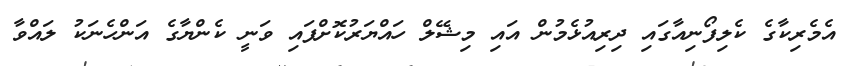
އެމެރިކާގެ ކެލިފޯނިއާގައި ދިރިއުޅެމުން އައި މިޝޭލް ހައްޔަރުކޮށްފައި ވަނީ ކެންޔާގެ އަންހެނަކު ލައްވާ